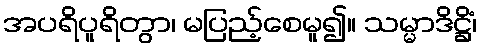
အပရိပူရိတွာ၊ မပြည့်စေမူ၍။ သမ္မာဒိဋ္ဌိံ၊